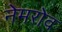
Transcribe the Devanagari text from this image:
नेमरोव